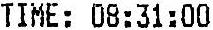
TIME: 08:31:00